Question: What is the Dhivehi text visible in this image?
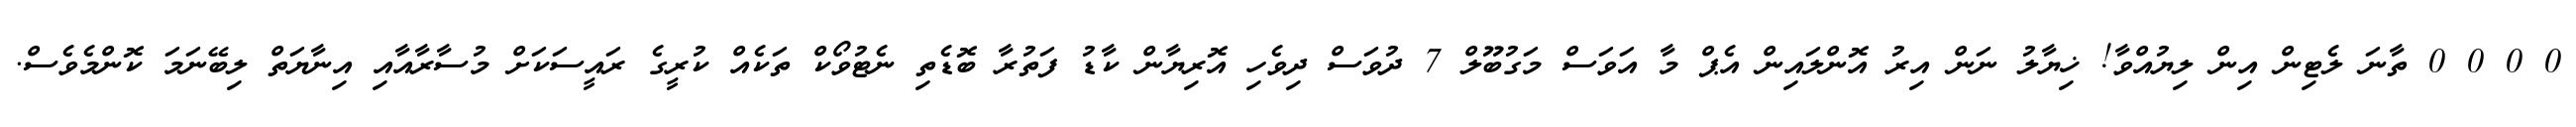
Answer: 0 0 0 0 ތާނަ ލެޓިން އިން ލިޔުއްވާ! ޚިޔާލު ނަން އިރު އޮންލައިން އެޕް މާ އަވަސް މަގުބޫލް 7 ދުވަސް ދިވެހި އޮރިޔާން ކާޑު ފަތުރާ ބޮޑެތި ނެޓުވޯކް ތަކެއް ކުރީގެ ރައީސަކަށް މުސާރާއާއި އިނާޔަތް ލިބޭނަމަ ކޮންމެވެސް.